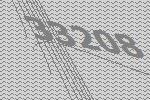
33208